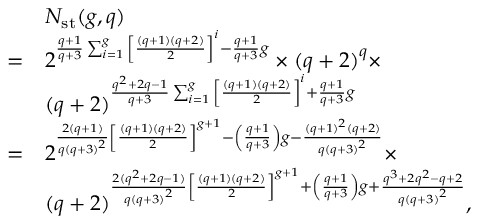
\begin{array} { r l } & { N _ { \mathrm { s t } } ( g , q ) } \\ { = } & { 2 ^ { \frac { q + 1 } { q + 3 } \sum _ { i = 1 } ^ { g } { \left[ \frac { ( q + 1 ) ( q + 2 ) } { 2 } \right] } ^ { i } - \frac { q + 1 } { q + 3 } g } \times { ( q + 2 ) } ^ { q } \times } \\ & { { ( q + 2 ) } ^ { \frac { q ^ { 2 } + 2 q - 1 } { q + 3 } \sum _ { i = 1 } ^ { g } { \left[ \frac { ( q + 1 ) ( q + 2 ) } { 2 } \right] } ^ { i } + \frac { q + 1 } { q + 3 } g } } \\ { = } & { 2 ^ { \frac { 2 ( q + 1 ) } { q { ( q + 3 ) } ^ { 2 } } { \left[ \frac { ( q + 1 ) ( q + 2 ) } { 2 } \right] } ^ { g + 1 } - \left( \frac { q + 1 } { q + 3 } \right) g - \frac { { ( q + 1 ) } ^ { 2 } ( q + 2 ) } { { q ( q + 3 ) } ^ { 2 } } } \times } \\ & { { ( q + 2 ) } ^ { \frac { 2 ( q ^ { 2 } + 2 q - 1 ) } { q { ( q + 3 ) } ^ { 2 } } { \left[ \frac { ( q + 1 ) ( q + 2 ) } { 2 } \right] } ^ { g + 1 } + \left( \frac { q + 1 } { q + 3 } \right) g + \frac { q ^ { 3 } + 2 q ^ { 2 } - q + 2 } { { q ( q + 3 ) } ^ { 2 } } } , } \end{array}